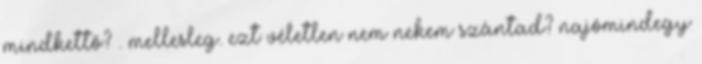
mindkettő? . mellesleg. ezt véletlen nem nekem szántad? najómindegy